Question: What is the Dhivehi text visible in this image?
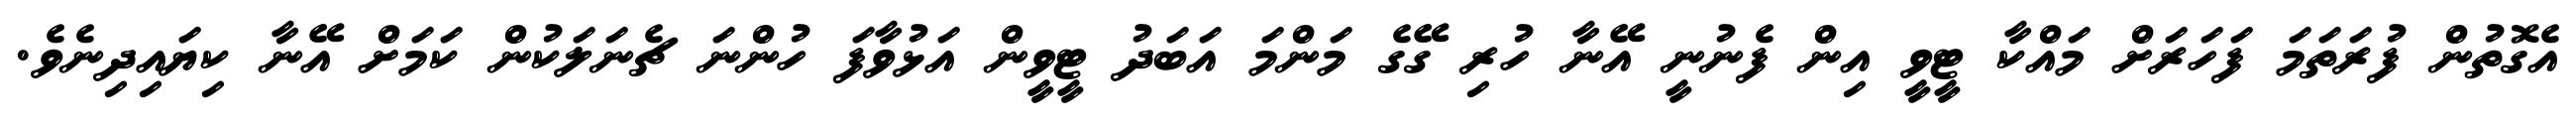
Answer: އެގޮތުން ފުރަތަމަ ފަހަރަށް މައްކާ ޓީވީ އިން ފެނުނީ އޭނާ ހުރި ގޭގެ މަންމަ އަބަދު ޓީވީން އަޅުވާފަ ހުންނަ ޗެނަލަކުން ކަމަށް އޭނާ ކިޔައިދިނެވެ.